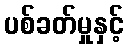
ပစ်ခတ်မှုနှင့်